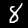
Digit: 8